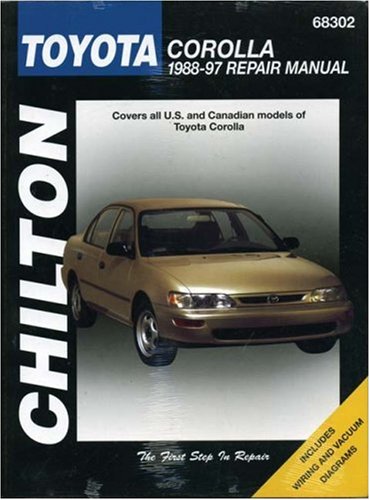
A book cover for Toyota Corolla, 1988-97 (Chilton Total Car Care Series Manuals); Chilton; Engineering & Transportation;